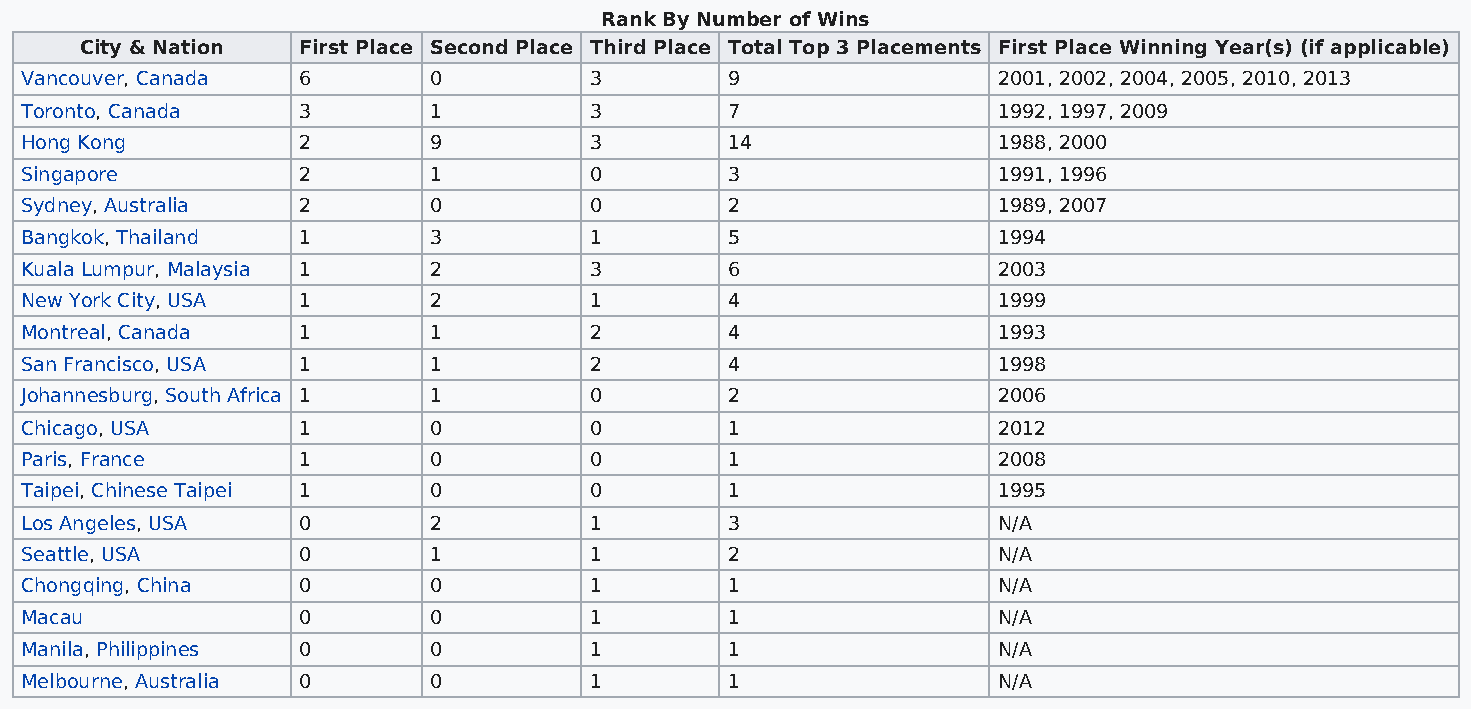
Rank By Number of Wins
 City & Nation  First Place Second Place Third Place Total Top 3 Placements First Place Winning Year(s) (if applicable)
 Vancouver, Canada  6       0          3        9                 2001, 2002, 2004, 2005, 2010, 2013
 Toronto, Canada    3       1          3        7                 1992, 1997, 2009
 Hong Kong          2       9          3        14                1988, 2000
 Singapore          2       1          0        3                 1991, 1996
 Sydney, Australia  2       0          0        2                 1989, 2007
 Bangkok, Thailand  1       3          1        5                 1994
 Kuala Lumpur, Malaysia 1   2          3        6                 2003
 New York City, USA 1       2          1        4                 1999
 Montreal, Canada   1       1          2        4                 1993
 San Francisco, USA 1       1          2        4                 1998
 Johannesburg, South Africa 1 1        0        2                 2006
 Chicago, USA       1       0          0        1                 2012
 Paris, France      1       0          0        1                 2008
 Taipei, Chinese Taipei 1   0          0        1                 1995
 Los Angeles, USA   0       2          1        3                 N/A
 Seattle, USA       0       1          1        2                 N/A
 Chongqing, China   0       0          1        1                 N/A
 Macau              0       0          1        1                 N/A
 Manila, Philippines 0      0          1        1                 N/A
 Melbourne, Australia 0     0          1        1                 N/A